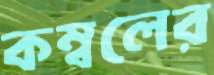
কম্বলের